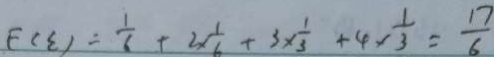
F _ { ( } \varepsilon ) = \frac { 1 } { 6 } + 2 \times \frac { 1 } { 6 } + 3 \times \frac { 1 } { 3 } + 4 \times \frac { 1 } { 3 } = \frac { 1 7 } { 6 }